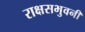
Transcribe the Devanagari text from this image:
राक्षसभुवनी